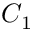
C _ { 1 }